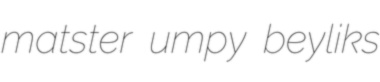
matster umpy beyliks